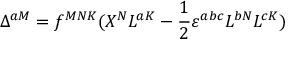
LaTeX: \Delta ^ { a M } = f ^ { M N K } ( X ^ { N } L ^ { a K } - \frac 1 2 \varepsilon ^ { a b c } L ^ { b N } L ^ { c K } )